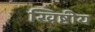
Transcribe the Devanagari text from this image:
ख्रिष्टीय